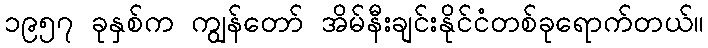
၁၉၅၇ ခုနှစ်က ကျွန်တော် အိမ်နီးချင်းနိုင်ငံတစ်ခုရောက်တယ်။